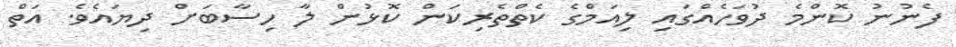
ފެނުނު ކޮންމެ ދުވަހެއްގައި ލިއަމްގެ ކެތްތެރިކަން ކޮޅުން ލާ ހިސާބަށް ދިޔައެވެ. އަތް